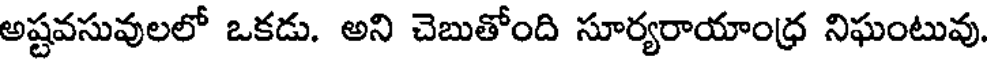
అష్టవసువులలో ఒకడు. అని చెబుతోంది సూర్యరాయాంధ్ర నిఘంటువు.